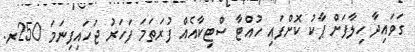
ގަވައިދާ ހިލާފަށް ޕާކު ކޮށްފައި ހުއްޓާ ސްޓިކާއެއް ފުރަތަމަ ފަހަރު ޖަހައިފިނަމަ 250ރ.